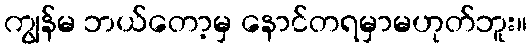
ကျွန်မ ဘယ်တော့မှ နောင်တရမှာမဟုတ်ဘူး။